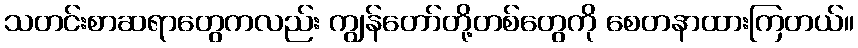
သတင်းစာဆရာတွေကလည်း ကျွန်တော်တို့တစ်တွေကို စေတနာထားကြတယ်။